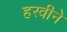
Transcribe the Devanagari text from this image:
हरवीने